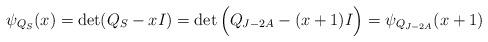
LaTeX: \begin{align*}\psi_{Q_S}(x)=\det(Q_S-xI)=\det\Big(Q_{J-2A}-(x+1)I\Big)=\psi_{Q_{J-2A}}(x+1)\end{align*}